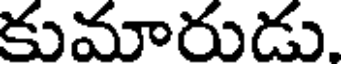
కుమారుడు.